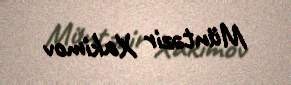
Müntəzir Xakimov